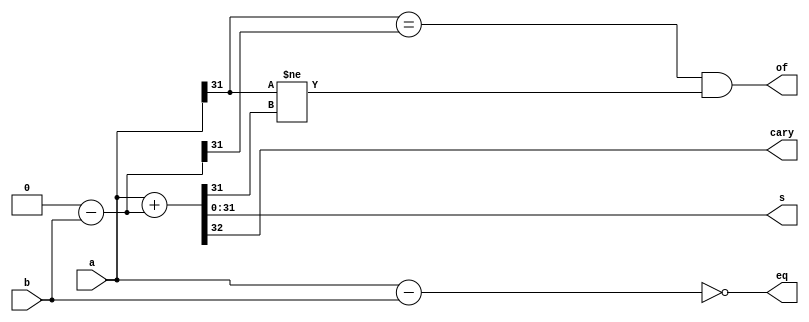
module subtractor_ALU(
    input [31:0] a,
    input [31:0] b,
    output [31:0] s,
    output cary,
    output of,
    output eq
    );

    wire [32:0] intermediate_sum;
    wire [32:0] carry_sum;
    wire [31:0] b_sub;
    wire msb_a = a[31];
    wire msb_b = b[31];
    wire msb_s;

    assign b_sub = 0-b;

    assign eq = (a-b == 0);

    assign of = (a[31] == b_sub[31]) && (a[31] != s[31]);

    assign intermediate_sum = {a[31], a} + {b[31], b_sub};
    assign carry_sum = a + b_sub;
    assign s = carry_sum[31:0];
    assign cary = carry_sum[32];

endmodule